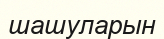
шашуларын